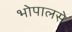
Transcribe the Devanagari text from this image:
भोपालसे